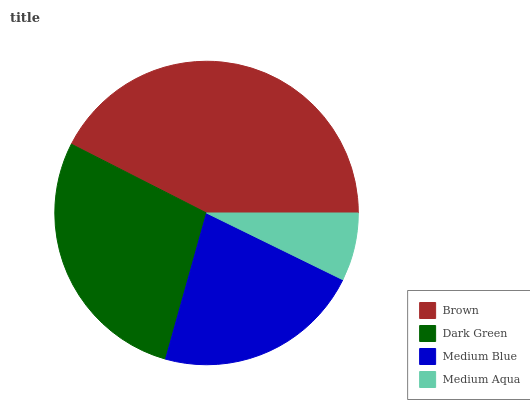
| Brown | Dark Green | Medium Blue | Medium Aqua |
 | --- | --- | --- | --- |
 | 42.5% | 28.2% | 22.1% | 7.24% |